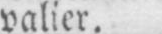
valier.